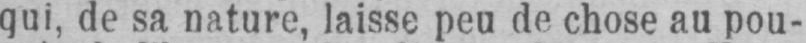
qui, de sa nature, laisse peu de chose au pou-